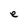
Character: e